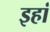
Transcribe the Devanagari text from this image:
इहां